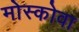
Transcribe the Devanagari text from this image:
मोस्कोवा